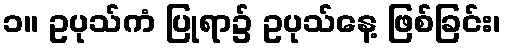
၁။ ဥပုသ်ကံ ပြုရာ၌ ဥပုသ်နေ့ ဖြစ်ခြင်း၊